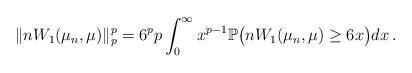
LaTeX: \begin{align*}\Vert n W_1 (\mu_n , \mu) \Vert_p^p = 6^p p \int_0^{\infty} x^{p-1} {\mathbb P} \big ( n W_1 (\mu_n , \mu) \geq 6 x \big ) dx \, .\end{align*}